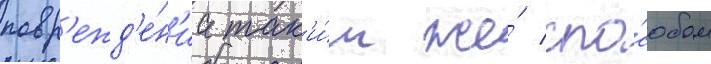
повр'ежд'е́н'иа так'и́м же́ спо́собом